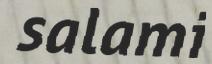
salami